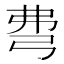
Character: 𢏇